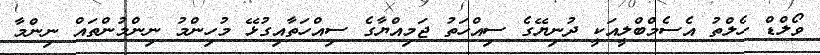
ވޯލްޑް ހެލްތު އެސެމްބްލީއަކީ ދުނިޔޭގެ ސިއްހަތު ޖަމިއްޔާގެ ސިއްހަތާއިގުޅޭ މުހިންމު ނިންމުންތައް ނިންމާ